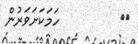
٣١         ހަމަކަށަވަރުން